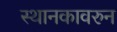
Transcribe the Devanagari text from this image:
स्थानकावरुन